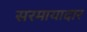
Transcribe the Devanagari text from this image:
सरमायादार